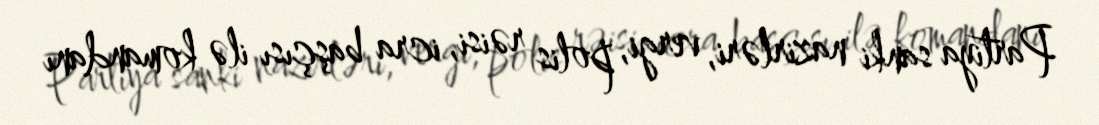
Partiya sanki nazirləri, vergi, polis rəisi, icra başçısı ilə komandanı